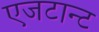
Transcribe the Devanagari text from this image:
एजटान्ट